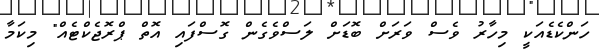
ހަންކެޑެއަކީ މިހާރު ވެސް ވަރަށް ބޮޑަށް ލަސްވެގެން ގޮސްފައި އޮތް ޕްރޮޖެކްޓެއް" މިކަމާ